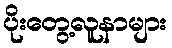
ပိုးတွေ့လူနာများ